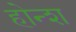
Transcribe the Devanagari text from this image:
होन्श